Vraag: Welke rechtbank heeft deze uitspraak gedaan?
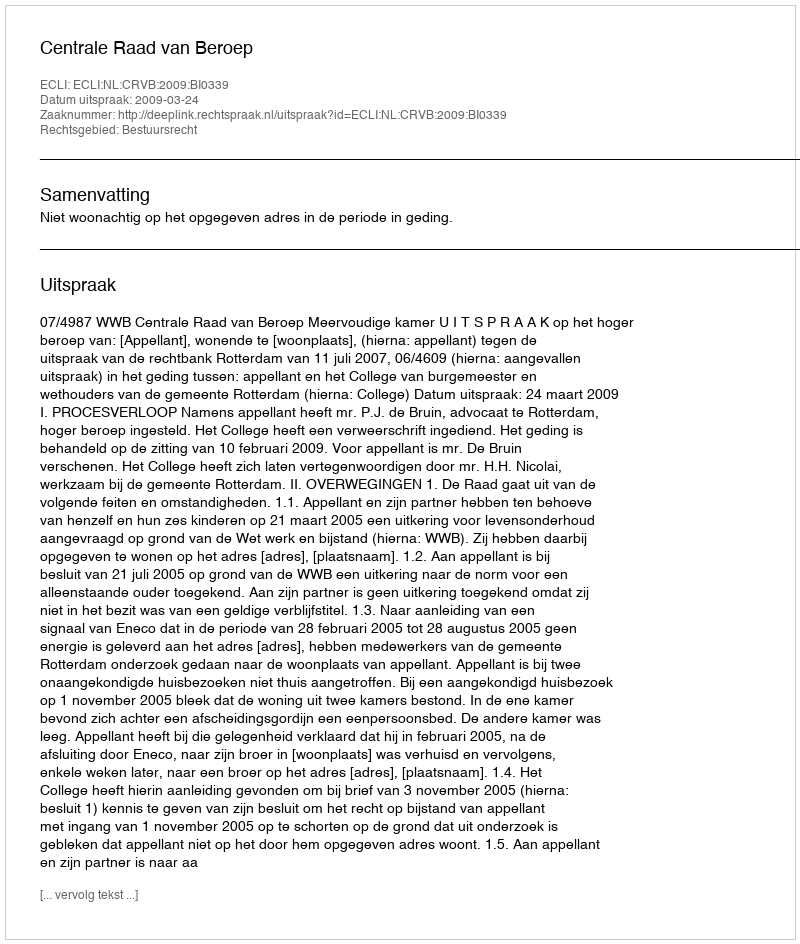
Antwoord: Centrale Raad van Beroep